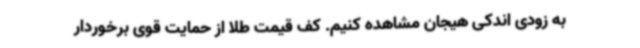
به زودی اندکی هیجان مشاهده کنیم. کف قیمت طلا از حمایت قوی برخوردار